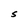
Character: S